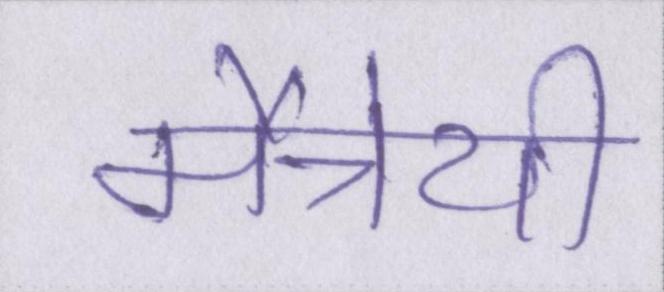
मैत्रेयी